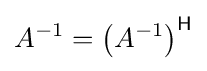
A^{-1}=\left(A^{-1}\right)^{\mathsf {H}}